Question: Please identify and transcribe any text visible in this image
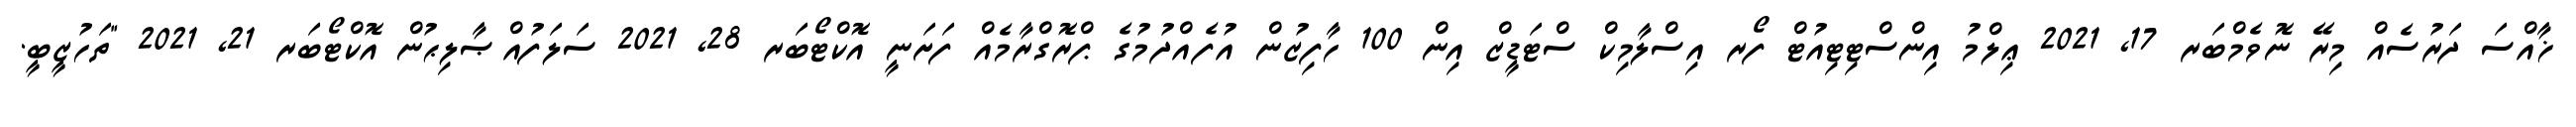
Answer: ޚާއްސަ ދަރުސެއް މިރޭ ނޮވެމްބަރ 17, 2021 ޢިލްމު އިންސްޓިޓިއުޓް ފޯރ އިސްލާމިކް ސްޓަޑީޒް އިން 100 ހާފިޒުން އުފެއްދުމުގެ ޕްރޮގްރާމެއް ފަށަނީ އޮކްޓޯބަރ 28, 2021 ސަލަފުއްޞާލިޙުން އޮކްޓޯބަރ 21, 2021 "ތަހުޒީބީ.